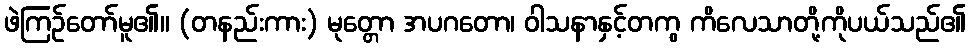
ဖဲကြဉ်တော်မူ၏။ (တနည်းကား) မုတ္တော အပဂတော၊ ဝါသနာနှင့်တကွ ကိလေသာတို့ကိုပယ်သည်၏